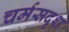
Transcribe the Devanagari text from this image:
चर्मसदृश